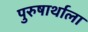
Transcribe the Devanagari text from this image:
पुरुषार्थाला